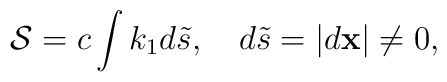
{\cal S}=c\int k_1 d{\tilde s}, \quad d{\tilde s}=|{d{\bf x}}|\neq 0,